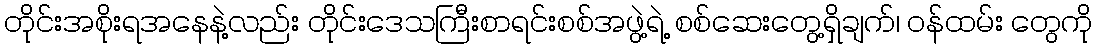
တိုင်းအစိုးရအနေနဲ့လည်း တိုင်းဒေသကြီးစာရင်းစစ်အဖွဲ့ရဲ့ စစ်ဆေးတွေ့ရှိချက်၊ ဝန်ထမ်း တွေကို